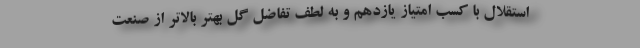
استقلال با کسب امتیاز یازدهم و به لطف تفاضل گل بهتر بالاتر از صنعت